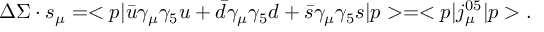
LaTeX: \Delta \Sigma \cdot s _ { \mu } = < p | \bar { u } \gamma _ { \mu } \gamma _ { 5 } u + \bar { d } \gamma _ { \mu } \gamma _ { 5 } d + \bar { s } \gamma _ { \mu } \gamma _ { 5 } s | p > = < p | j _ { \mu } ^ { 0 5 } | p > .